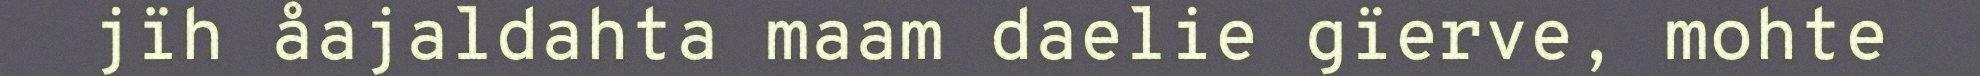
jïh åajaldahta maam daelie gïerve, mohte